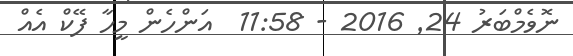
ނޮވެމްބަރު 24